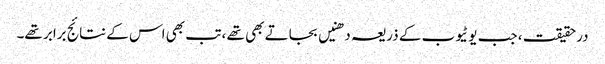
درحقیقت ، جب یوٹیوب کے ذریعہ دھنیں بجاتے بھی تھے ، تب بھی اس کے نتائج برابر تھے۔